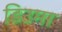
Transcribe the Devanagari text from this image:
डिउमा